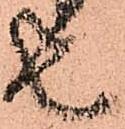
者